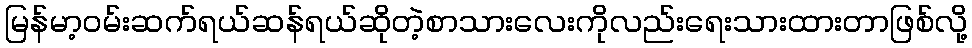
မြန်မာ့ဝမ်းဆက်ရယ်ဆန်ရယ်ဆိုတဲ့စာသားလေးကိုလည်းရေးသားထားတာဖြစ်လို့